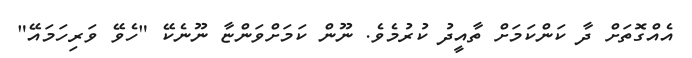
އެއްގޮތަށް ދާ ކަންކަމަށް ތާއީދު ކުރުމެވެ. ނޫން ކަމަށްވަންޏާ ނޫނެކޭ "ހެވޭ ވަރިހަމައޭ"